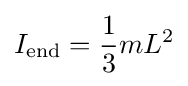
I_{\mathrm {end} }={\frac {1}{3}}mL^{2}\,\!